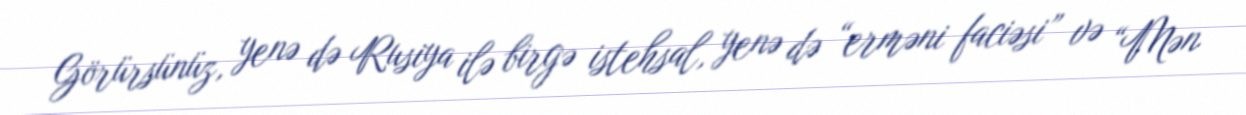
Görürsünüz, yenə də Rusiya ilə birgə istehsal, yenə də “erməni faciəsi” və “Mən